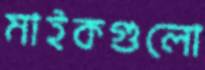
মাইকগুলো